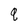
Character: q